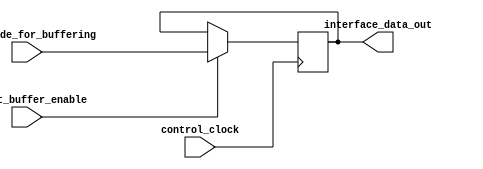
module Data_Output_Register(
		input 															control_clock,
		input 												  output_buffer_enable,
		input 		[7 : 0] 							  scan_code_for_buffering,
		output reg 	[7 : 0] 									 interface_data_out
	);
	
	always@(posedge control_clock)
		if(output_buffer_enable)
			interface_data_out <= scan_code_for_buffering;

endmodule